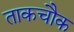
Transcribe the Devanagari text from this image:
ताकचौक